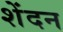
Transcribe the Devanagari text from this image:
शेंदन